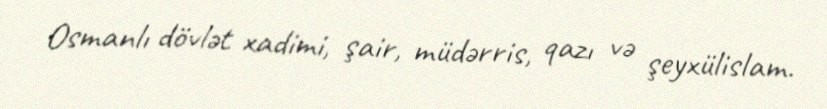
Osmanlı dövlət xadimi, şair, müdərris, qazı və şeyxülislam.